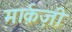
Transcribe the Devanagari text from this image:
मार्क़ज़ी